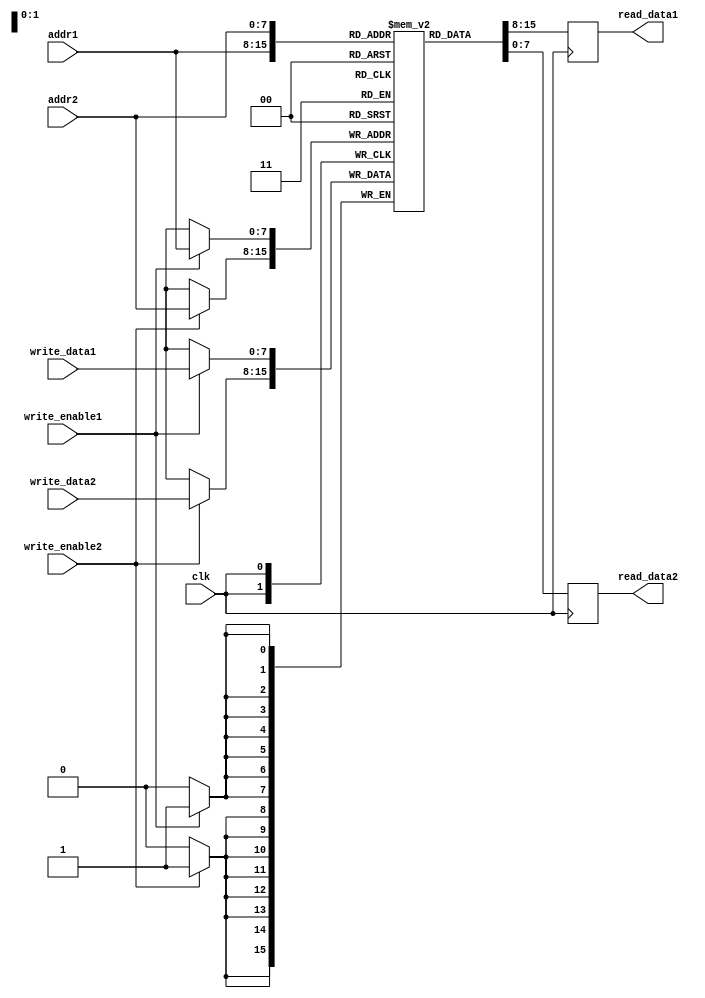
module dual_port_register_file (
    input wire clk,
    input wire [7:0] addr1,
    input wire [7:0] addr2,
    input wire [7:0] write_data1,
    input wire [7:0] write_data2,
    input wire write_enable1,
    input wire write_enable2,
    output reg [7:0] read_data1,
    output reg [7:0] read_data2
);

reg [7:0] mem [255:0];

always @(posedge clk) begin
    if (write_enable1)
        mem[addr1] <= write_data1;
        
    if (write_enable2)
        mem[addr2] <= write_data2;
        
    read_data1 <= mem[addr1];
    read_data2 <= mem[addr2];
end

endmodule